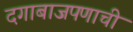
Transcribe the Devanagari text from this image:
दगाबाजपणाची